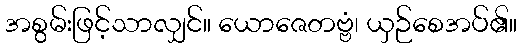
အစွမ်းဖြင့်သာလျှင်။ ယောဇေတဗ္ဗံ၊ ယှဉ်စေအပ်၏။